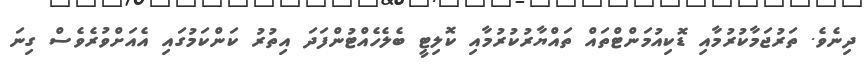
ދިނެވެ. ތަރުޖަމާކުރުމާއި ޑޮކިއުމަންޓްތައް ތައްޔާރުކުރުމާއި ކޮލިޓީ ބެލެހެއްޓުންފަދަ އިތުރު ކަންކަމުގައި އެއަށްވުރެވެސް ގިނަ